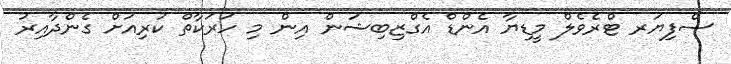
ސްފިޔަރ ޓްރެވެލް މީޑިޔާ އެންޑް އެގްޒިބިޝަން އިން މި ހަރަކާތް ކުރިއަށް ގެންދާއިރު